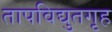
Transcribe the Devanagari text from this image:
तापविद्युतगृह